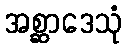
အစ္ဆာဒေသုံ